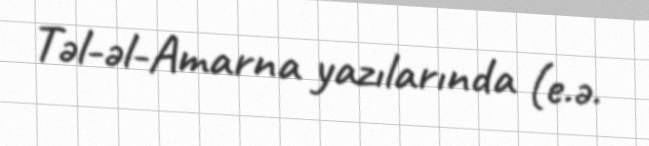
Təl-əl-Amarna yazılarında (e.ə.